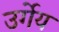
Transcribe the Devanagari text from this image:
उर्गेय